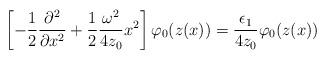
LaTeX: \begin{align*}\left[ - \frac12 \frac{\partial^2}{\partial x^2} + \frac12 \frac{\omega^2}{4z_0}x^2\right] \varphi_0(z(x)) = \frac{\epsilon_1}{4z_0}\varphi_0(z(x))\end{align*}